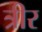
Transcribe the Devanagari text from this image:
त्रीर